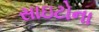
સાઇટોના